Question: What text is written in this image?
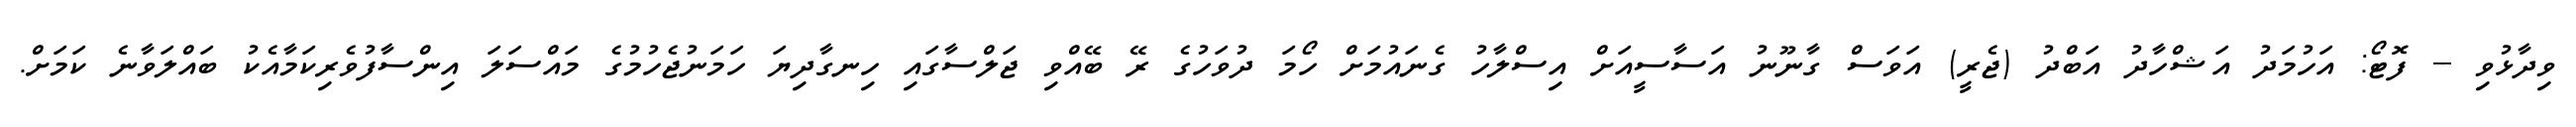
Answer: ވިދާޅުވި -- ފޮޓޯ: އަހުމަދު އަޝްހާދު އަބްދު (ޖެރީ) އަވަސް ގާނޫނު އަސާސީއަށް އިސްލާހު ގެނައުމަށް ހޯމަ ދުވަހުގެ ރޭ ބޭއްވި ޖަލްސާގައި ހިނގާދިޔަ ހަމަނުޖެހުމުގެ މައްސަލަ އިންސާފުވެރިކަމާއެކު ބައްލަވާނެ ކަމަށް.